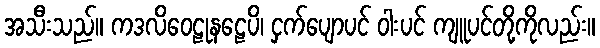
အသီးသည်။ ကဒလိဝေဠုနဠေပိ၊ ငှက်ပျောပင် ဝါးပင် ကျူပင်တို့ကိုလည်း။